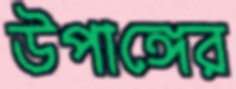
উপাঙ্গের